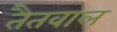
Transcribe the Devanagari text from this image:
तैतवाल